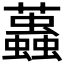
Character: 𧔴